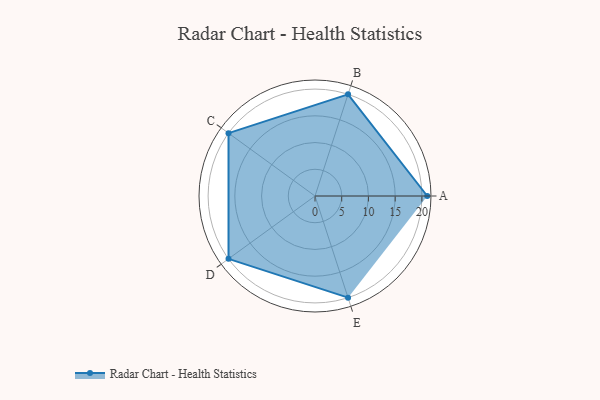
{"axis": {"x": "Skill", "y": "Score"}, "legend": ["Profile"], "data": [{"x": "A", "y": 21.0, "type": "Profile"}, {"x": "B", "y": 20, "type": "Profile"}, {"x": "C", "y": 20, "type": "Profile"}, {"x": "D", "y": 20, "type": "Profile"}, {"x": "E", "y": 20, "type": "Profile"}]}